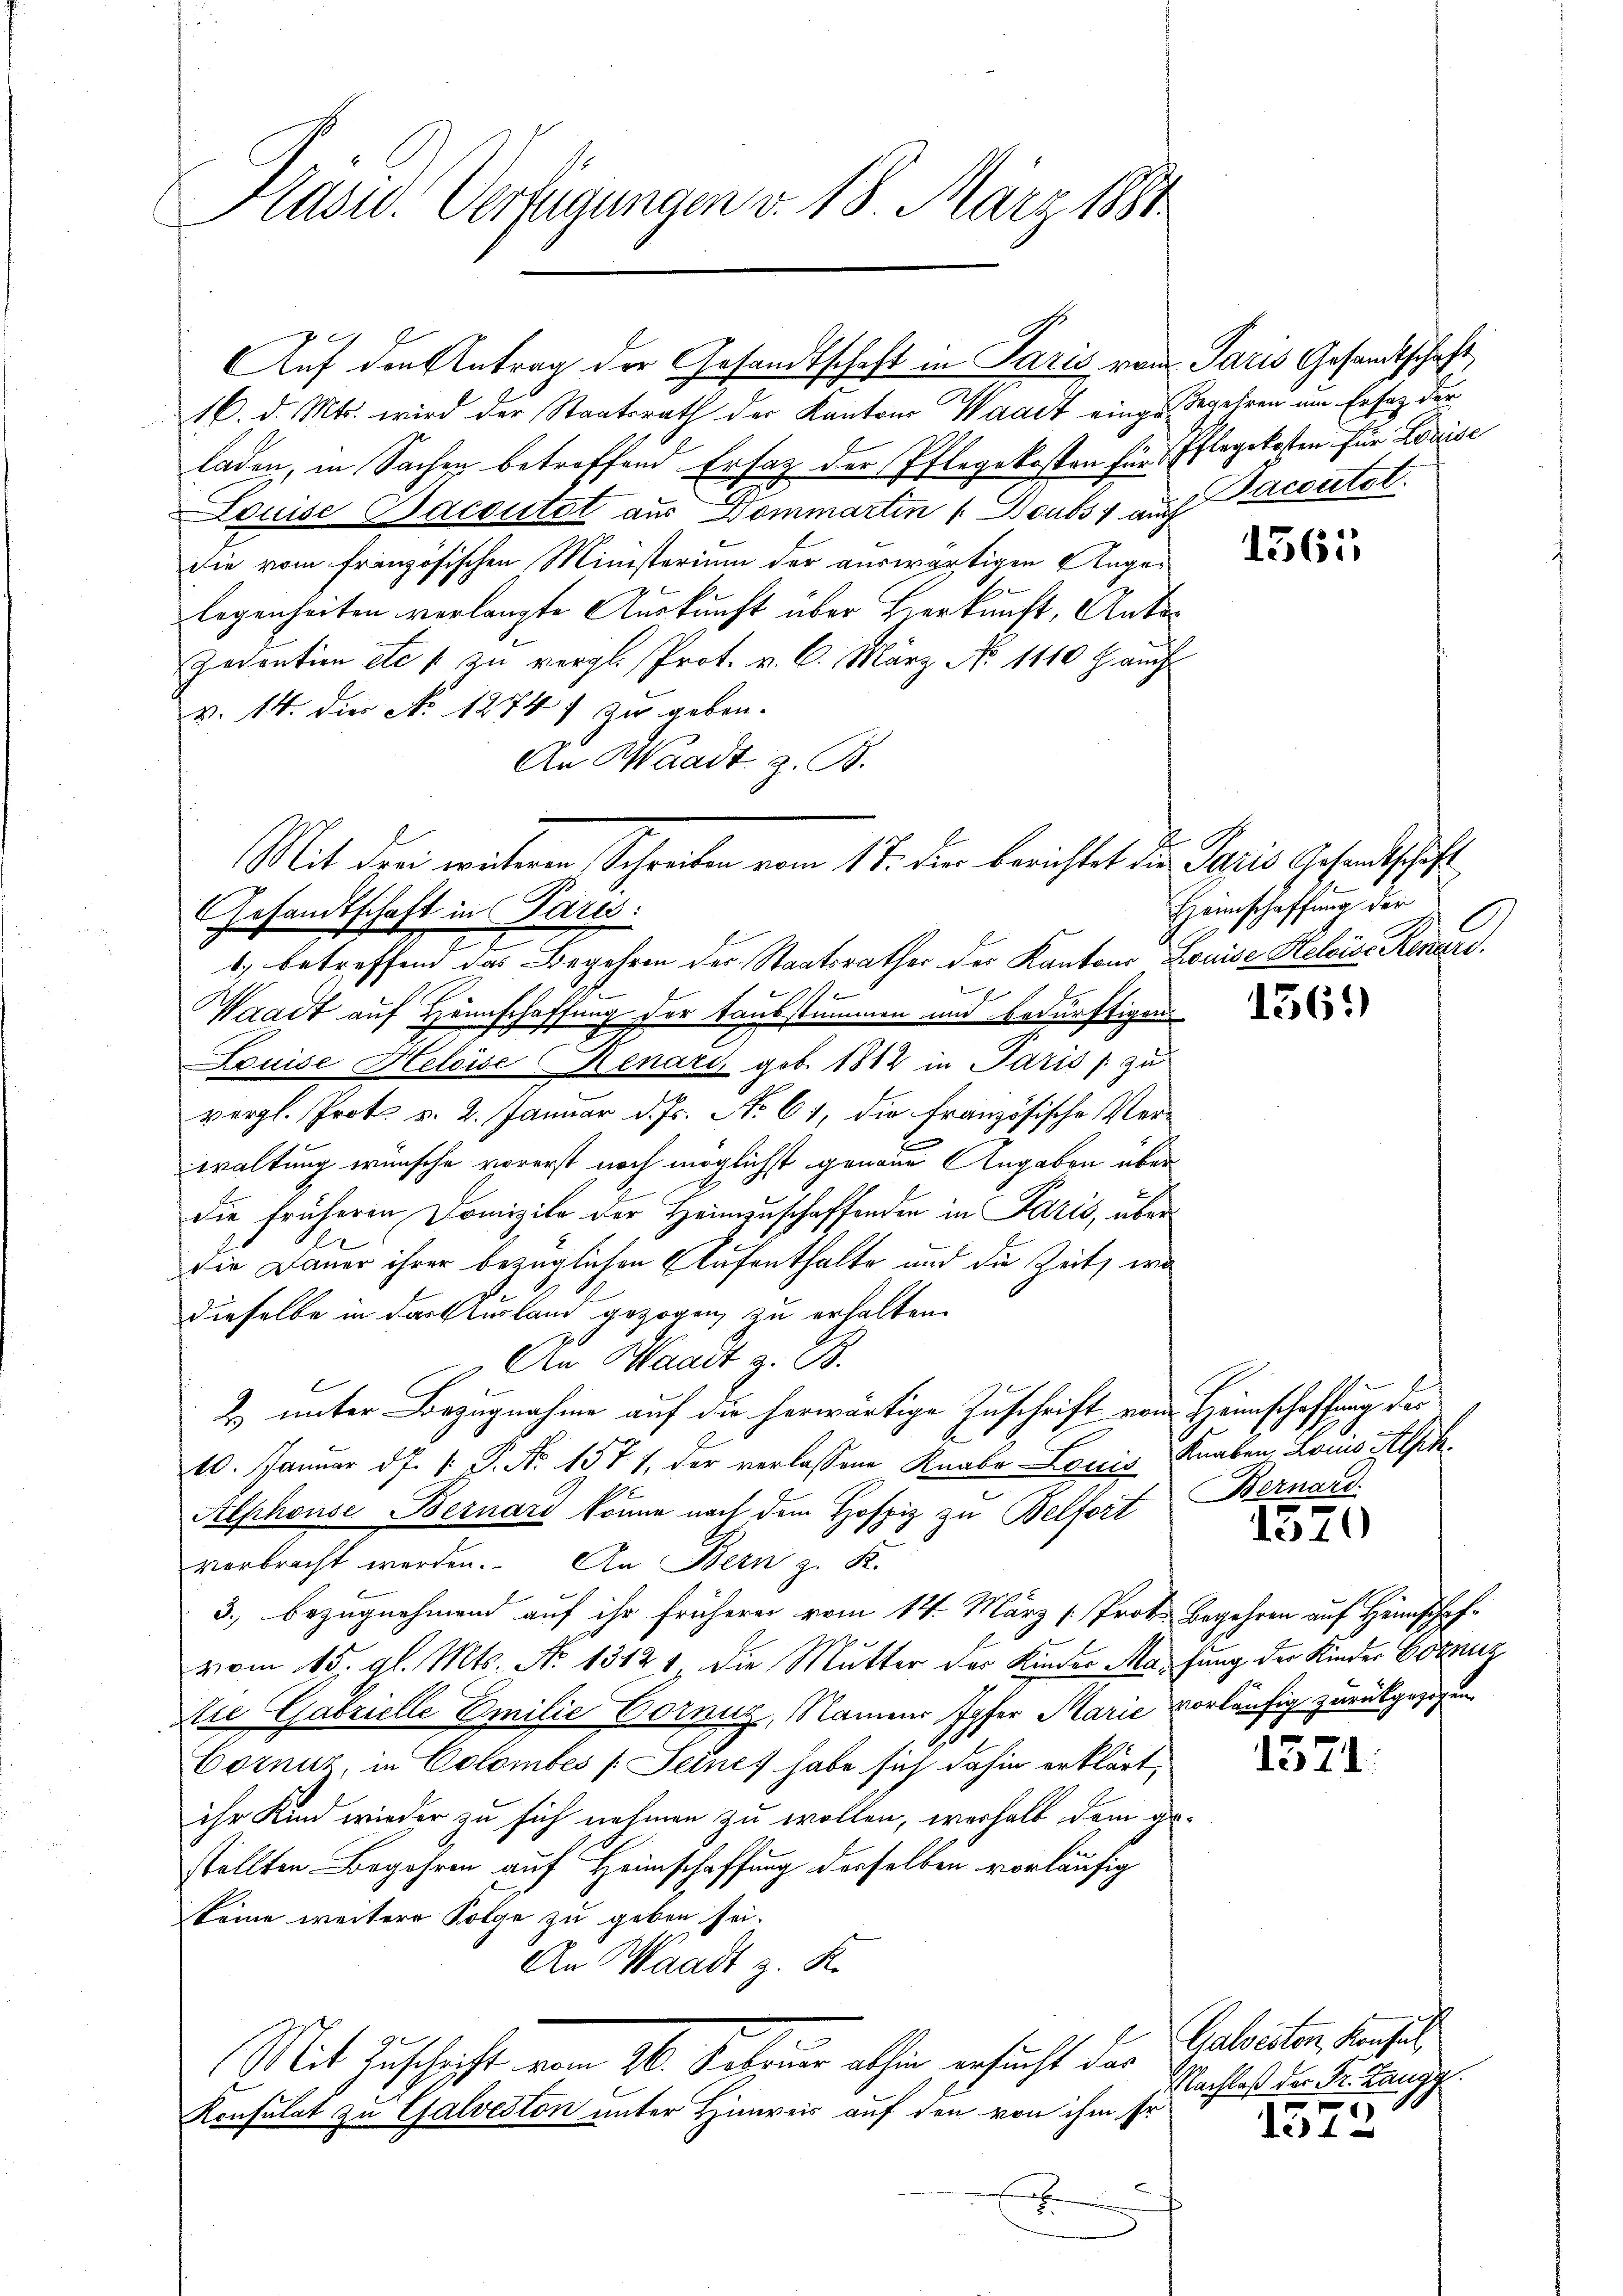
Kasu. Verfügungen v. 18. März 1881

16. d. Mts. wird der Staatsrath der Kantons Waadt einge Begehren um Ersatz der
laden, in Sachen betreffend Ersatz der Pflegekosten für Pflegekosten für Louise
Louise Baccutet aus Dommartin u. Doubsy auf Paceutet.
die vom französischen Ministerium der auswärtigen Angelegenheiten verlangte Auskunft über Herkunft, Anto¬
Zedention etc. 1 zu vergl. Prot. v. 6. März No. 1110 l. auch
v. 14. die No 12747 zu geben.
An Waadt, z. B.
Gesandtschaft in Parus:
1.) betreffend das Begehren der Staatsrathes der Kantons Louise Steloise Resare.
1
Waadt auf Heimschaffung der Taubstimmen und bedürftigens
Louise Heleise Renart geb. 1812 in Paris / zu
vergl. Prot. v. 2. Januar d. Js. No. 61, die Französische Verwaltung wünsche vorerst noch möglichst genaue Angaben über
die früheren Domizilo der Heimzuschaffenden in Paris, überdie Dauer ihrer bezüglichen Aufenthalte und die Zeit, wa
dieselbe in darf ausland gezogen, zu erhalten.
An Waadt z. B.
2) unter Bezugnahme auf die herwärtige Zuschrift von Heimschaffung des
d
10. Januar d. J. 1. P. Nr. 1571, der verlassene Knabe Louis Knaben, Louis Alph
Alphonse Bernard könne nach dem Hofpiz zu Belfort Bernard
verbracht werden. An Bern z. K.
3.) Bezugnehmend auf ihr früherer vom 14. März [Prote Begehren auf Heimschaf-
vom 15. gl. Mts. No 13121 die Mutter der Kinder Massung der Kinder Ostenz
Die Gabrielle Emilie Cornuz, Namen Ipfer Marie vorläufig zurückgezogen.
Cornur, in Colomber (Seines habe sich dahin erklärt,
ihr Kind wieder zu sich nehmen zu wollen, weshalb dem gestellten Begehren auf Heimschaffung derselben vorläufig
Keine weitere Folge zu geben sei.
An Waadt z. K.
Mit Zuschrift vom 16. Suleur alhier ersucht das
Konsulat zu Galveston unter Hinweis auf den von ihm Er
x

Auf den Antrag der Gesandtschaft in Paris vom Paris Gesandtschaft,

Mit dem weiteren Schreiben vom 17. den berichtet die Paris Gesandtschaft

1561

Heimschaffung der

156.)

1570

1371.

Galvesten, Konsul
Nachlaß der Fr. Zangg

1572